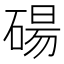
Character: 碭